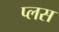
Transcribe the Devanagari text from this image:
प्‍लस